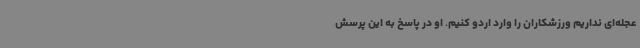
عجله‌ای نداریم ورزشکاران را وارد اردو کنیم. او در پاسخ به این پرسش